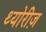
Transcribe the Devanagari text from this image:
थ्योरीज़